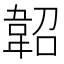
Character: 𩎣